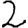
Digit: 2